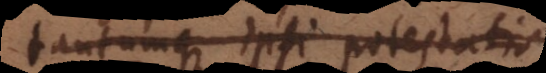
tantumque ipsi potestati